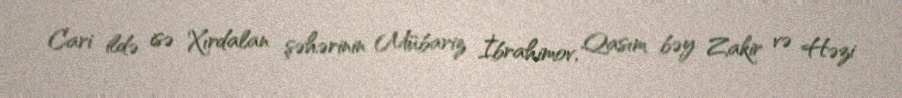
Cari ildə isə Xırdalan şəhərinin Mübariz İbrahimov, Qasım bəy Zakir və Həzi